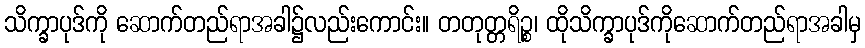
သိက္ခာပုဒ်ကို ဆောက်တည်ရာအခါ၌လည်းကောင်း။ တတုတ္တရိဉ္စ၊ ထိုသိက္ခာပုဒ်ကိုဆောက်တည်ရာအခါမှ